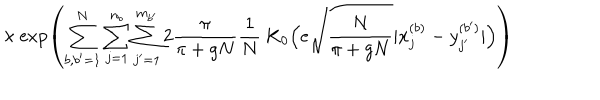
\times \exp \left( \sum _ { b , b ^ { \prime } = 1 } ^ { N } \sum _ { j = 1 } ^ { n _ { b } } \sum _ { j ^ { \prime } = 1 } ^ { m _ { b ^ { \prime } } } 2 \frac { \pi } { \pi + g N } \frac { 1 } { N } \; \mathrm { K } _ { 0 } \Big ( e \sqrt { \frac { N } { \pi + g N } } | x _ { j } ^ { ( b ) } - y _ { j ^ { \prime } } ^ { ( b ^ { \prime } ) } | \Big ) \right)